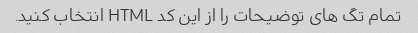
تمام تگ های توضیحات را از این کد HTML انتخاب کنید.